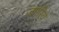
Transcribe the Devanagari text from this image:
जगरिये